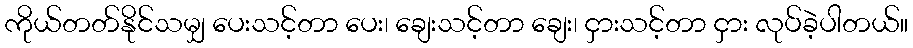
ကိုယ်တတ်နိုင်သမျှ ပေးသင့်တာ ပေး၊ ချေးသင့်တာ ချေး၊ ငှားသင့်တာ ငှား လုပ်ခဲ့ပါတယ်။